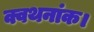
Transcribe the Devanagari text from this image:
क्वथनांक।